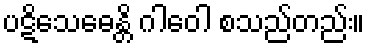
ပဋိသေဓေန္တိ ဂါဝေါ စသည်တည်း။